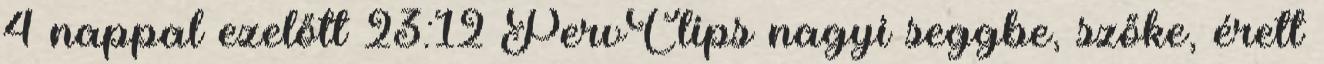
4 nappal ezelőtt 23:12 PervClips nagyi seggbe, szőke, érett